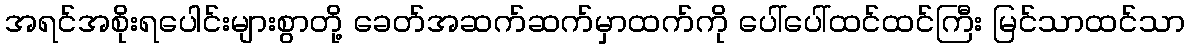
အရင်အစိုးရပေါင်းများစွာတို့ ခေတ်အဆက်ဆက်မှာထက်ကို ပေါ်ပေါ်ထင်ထင်ကြီး မြင်သာထင်သာ